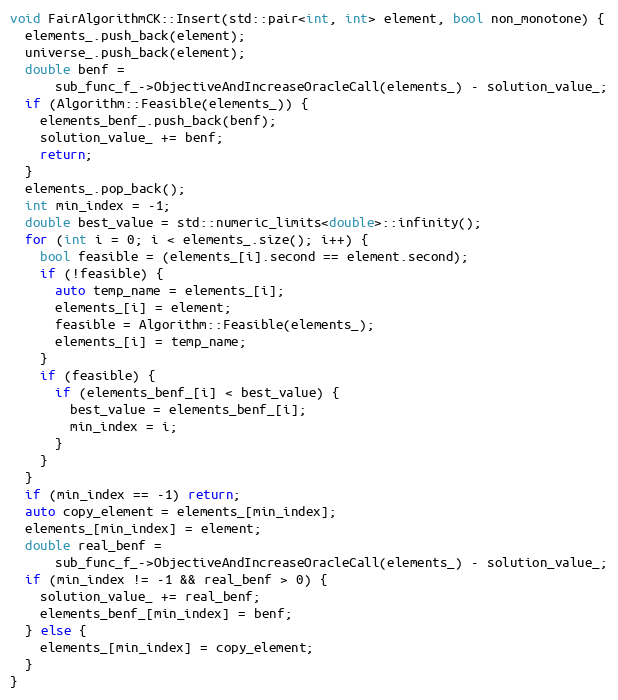
Language: C++
void FairAlgorithmCK::Insert(std::pair<int, int> element, bool non_monotone) {
  elements_.push_back(element);
  universe_.push_back(element);
  double benf =
      sub_func_f_->ObjectiveAndIncreaseOracleCall(elements_) - solution_value_;
  if (Algorithm::Feasible(elements_)) {
    elements_benf_.push_back(benf);
    solution_value_ += benf;
    return;
  }
  elements_.pop_back();
  int min_index = -1;
  double best_value = std::numeric_limits<double>::infinity();
  for (int i = 0; i < elements_.size(); i++) {
    bool feasible = (elements_[i].second == element.second);
    if (!feasible) {
      auto temp_name = elements_[i];
      elements_[i] = element;
      feasible = Algorithm::Feasible(elements_);
      elements_[i] = temp_name;
    }
    if (feasible) {
      if (elements_benf_[i] < best_value) {
        best_value = elements_benf_[i];
        min_index = i;
      }
    }
  }
  if (min_index == -1) return;
  auto copy_element = elements_[min_index];
  elements_[min_index] = element;
  double real_benf =
      sub_func_f_->ObjectiveAndIncreaseOracleCall(elements_) - solution_value_;
  if (min_index != -1 && real_benf > 0) {
    solution_value_ += real_benf;
    elements_benf_[min_index] = benf;
  } else {
    elements_[min_index] = copy_element;
  }
}